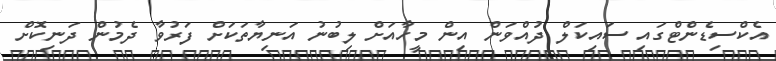
އެކްސިޑެންޓްގައި ސައިކަލް ދުއްވަން އިން މީހާއަށް ލިބުނު އަނިޔާތަކަށް ފަރުވާ ދެމުން ދަނިކޮށް